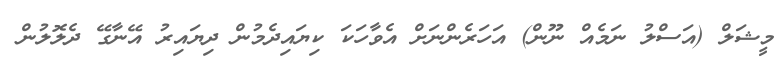
މީޝަލް (އަސްލު ނަމެއް ނޫން) އަހަރެންނަށް އެވާހަކަ ކިޔައިދެމުން ދިޔައިރު އޭނާގޭޭ ދެލޮލުން